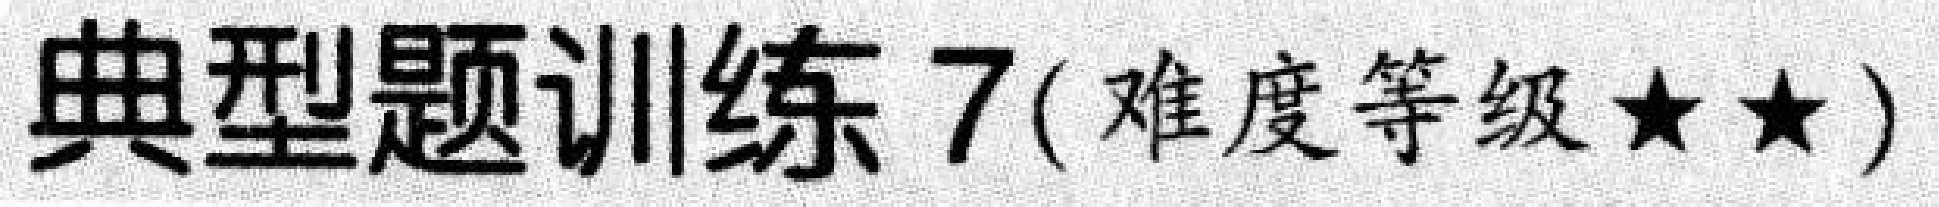
典型题训练7(难度等级$\star\star$)